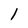
Character: l